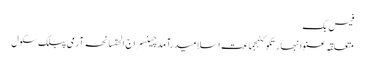
فیس بک
متعلقہ عنوانبھارتکوئٹہجماعت اسلامیدرآمدچینسراج الحقسانحہ آرمی پبلک سکول